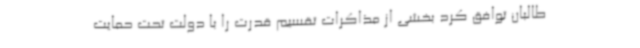
طالبان توافق کرد بخشی از مذاکرات تقسیم قدرت را با دولت تحت حمایت